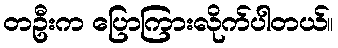
တဦးက ပြောကြားလိုက်ပါတယ်။